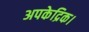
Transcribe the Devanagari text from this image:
अपकेद्रिक।